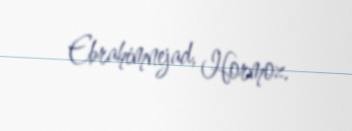
Ebrahimnejad, Hormoz.